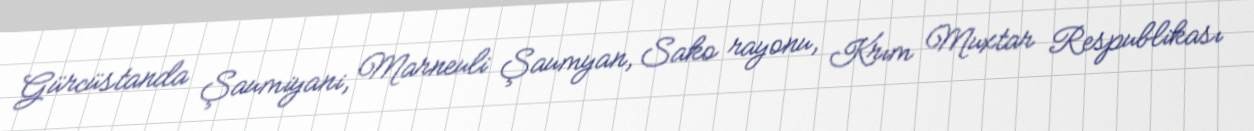
Gürcüstanda Şaumiyani, Marneuli Şaumyan, Sako rayonu, Krım Muxtar Respublikası